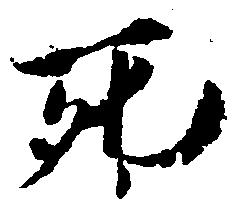
死